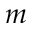
m